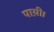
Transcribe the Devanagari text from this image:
पाय़ी।